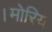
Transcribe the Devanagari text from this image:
।मोरिय